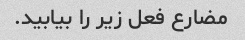
مضارع فعل زیر را بیابید.